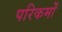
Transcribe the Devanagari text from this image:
परिकर्मों